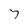
Character: 7